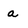
Character: a